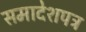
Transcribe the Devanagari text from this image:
समादेशपत्र